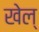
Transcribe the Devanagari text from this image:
खेल्